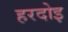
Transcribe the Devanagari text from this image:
हरदोइ